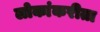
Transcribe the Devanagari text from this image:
लोकांकरीता